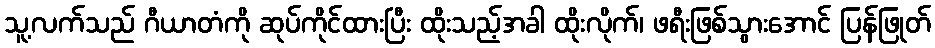
သူ့လက်သည် ဂီယာတံကို ဆုပ်ကိုင်ထားပြီး ထိုးသည့်အခါ ထိုးလိုက်၊ ဖရီးဖြစ်သွားအောင် ပြန်ဖြုတ်